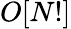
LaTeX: O[N!]